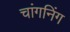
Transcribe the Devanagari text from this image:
चांगनिंग